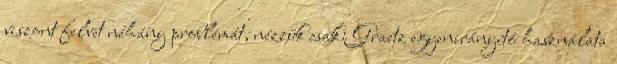
viszont felvet néhány problémát, nézzük csak: Graetz egyenirányító használata